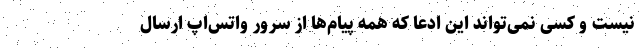
نیست و کسی نمی‌تواند این ادعا که همه پیام‌ها از سرور واتس‌اپ ارسال